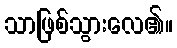
သာဖြစ်သွားလေ၏။